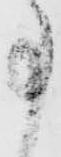
事